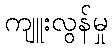
ကျူးလွန်မှု